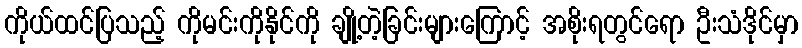
ကိုယ်ထင်ပြသည့် ကိုမင်းကိုနိုင်ကို ချို့တဲ့ခြင်းများကြောင့် အစိုးရတွင်ရော ဦးသံဒိုင်မှာ